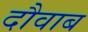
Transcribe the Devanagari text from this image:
दौवाब